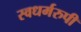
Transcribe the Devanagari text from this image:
स्वधर्मरुपी